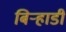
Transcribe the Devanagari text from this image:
बिर्‍हाडी